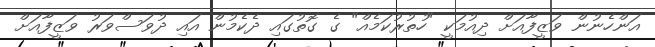
އަންހެނުން ވަޒީފާއަށް ދިއުމަކީ "ހުތުރުކަމެއް" ގެ ގޮތުގައި ދެކެމުން އައި ދުވަސްވަރު ވަޒީފާއަށް